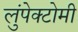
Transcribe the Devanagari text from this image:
लुंपेक्टोमी